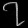
Digit: ၇